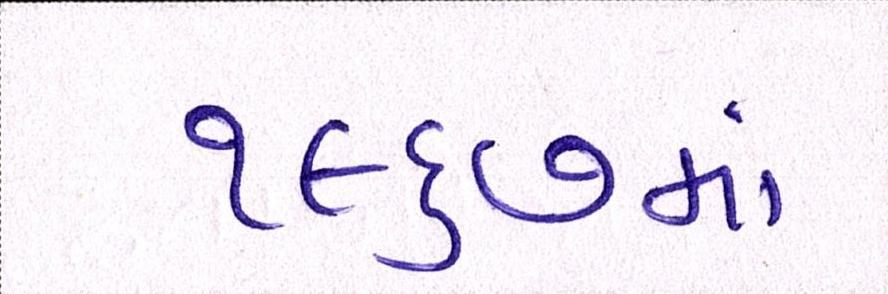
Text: ૧૯૬૭માં